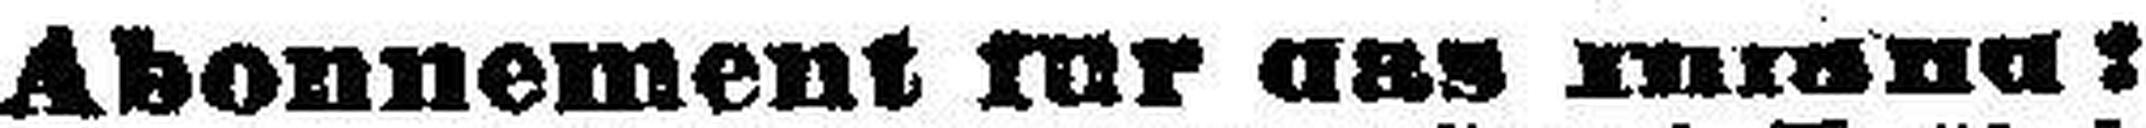
Abonnement für das Ausland: